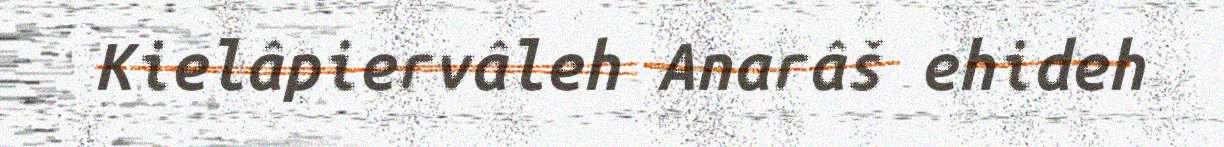
Kielâpiervâleh Anarâš ehideh